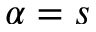
\alpha = s